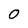
Character: 0